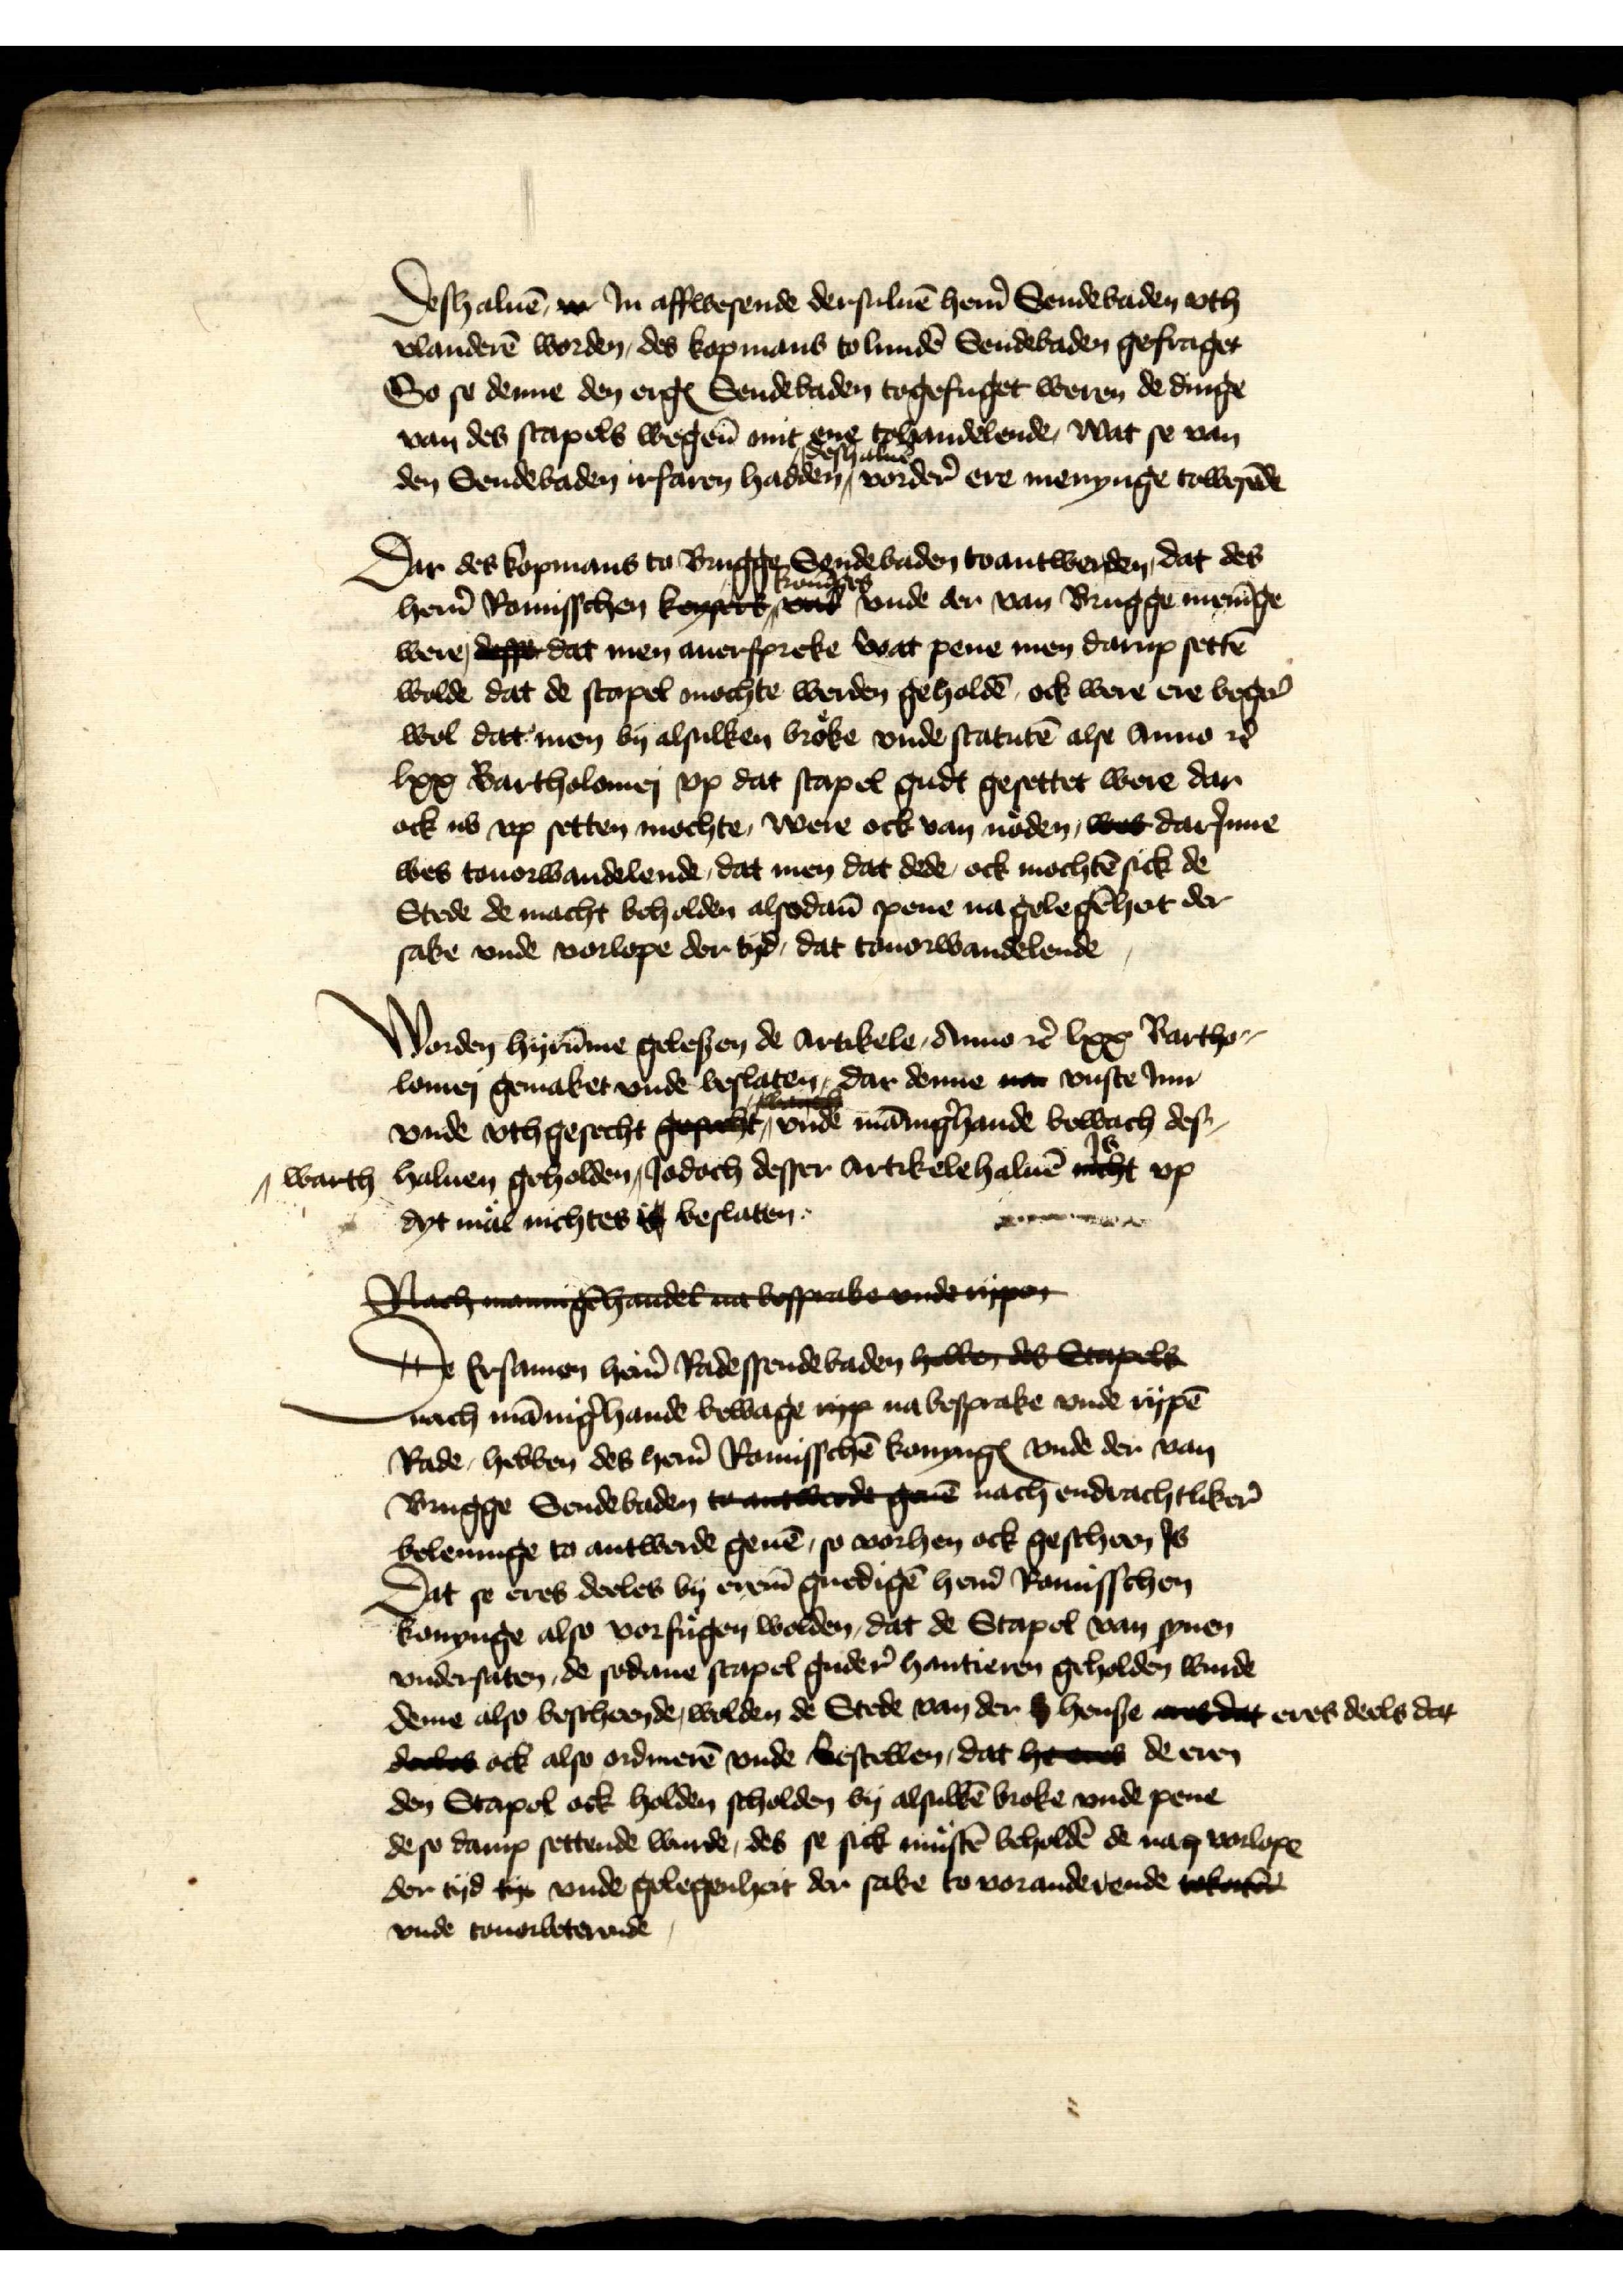
Deshaluē m Jn affwesende dersuluē her̉n Sendebaden vth
vlanderē worden, des kopmans to lundē Sendebaden gefraget
So se denne den ergꝬ Sendebaden togefuget weren de dinge
van des stapels wegen mit ene tohandelende, wat se van
den Sendebaden irfaren hadden, deshaluē vorderr ere menynge towesēde

Dar des kopmans to Bruge Sendebaden toantwerden, dat des
her̉n Romisschen konynges vnde der van Brugge menīge
were, desse dat men auerspreke wat pene men darup settē
wolde dat de stapel mochte werden gehaldē, ock were ere beger
wol dat men by alsulken broͤke vnde statutē alse Anno etꝬ
lxx Bartholomei vp dat stapel gudt gesettet were dar
ock nu vp setten mochte, were ock van noͤden, wes darJnne
wes touorwandelende, dat men dat dede, ock mochtē sick de
Stede de macht beholden alsodan̄ pene na gelegēhet der
sake, vnde vorlope der tyd, dat touorwandelende,

Worden hyrūme gelesen de Artikele, Anno etꝬ lxx Bartho¬
lomej gemaket vnde beslaten, dar denne na vuste Jnn
vnde vthgesecht gesacht, vnde mānig̉hande bowach des¬
haluen getolden,
warth
Jodoch desser artikele haluē nicht Js vp
dyt maͤl nichtes is beslaten.

Nach mannigēhandel na besprake vnde rijpen
De Ersamen her̉n Radessendebaden hebben des Stapels
nach mānig̉hande bewage ryp na besprake vnde rypē
Rade, hebben des her̉n Romisschē konyngꝬ vnde der van
Brugge Sendebaden to antwerde geuē nach endrachtliker
beleuinge to antwerde geuē, so vorhen ock gescheen Js
Dat se eres deeles by erem gnedigē her̉n Romisschen
konynge also vorfuͤgen wolden, dat de Stapel van synen
vndersaten, de sodane stapel guder hantieren geholden wurde
deme also bescheende, wolden de Stede van der s hense was dat eres deels dat
deeles ock also ordinerē vnde bestellen, dat he eres de eren
den Stapel ock holden scholden by alsulkē broke vnde pene
de so damp settende wurde, des se sick muͤstē beholdē de nach vorlope
der tyd tijt vnde gelegenheit der sake to voranderende tokoke
vnde touorbeterende,